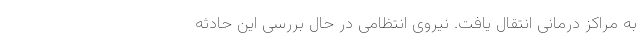
به مراکز درمانی انتقال یافت. نیروی انتظامی در حال بررسی این حادثه